Jaan_Tonisson_(Lasteleht), lk 92
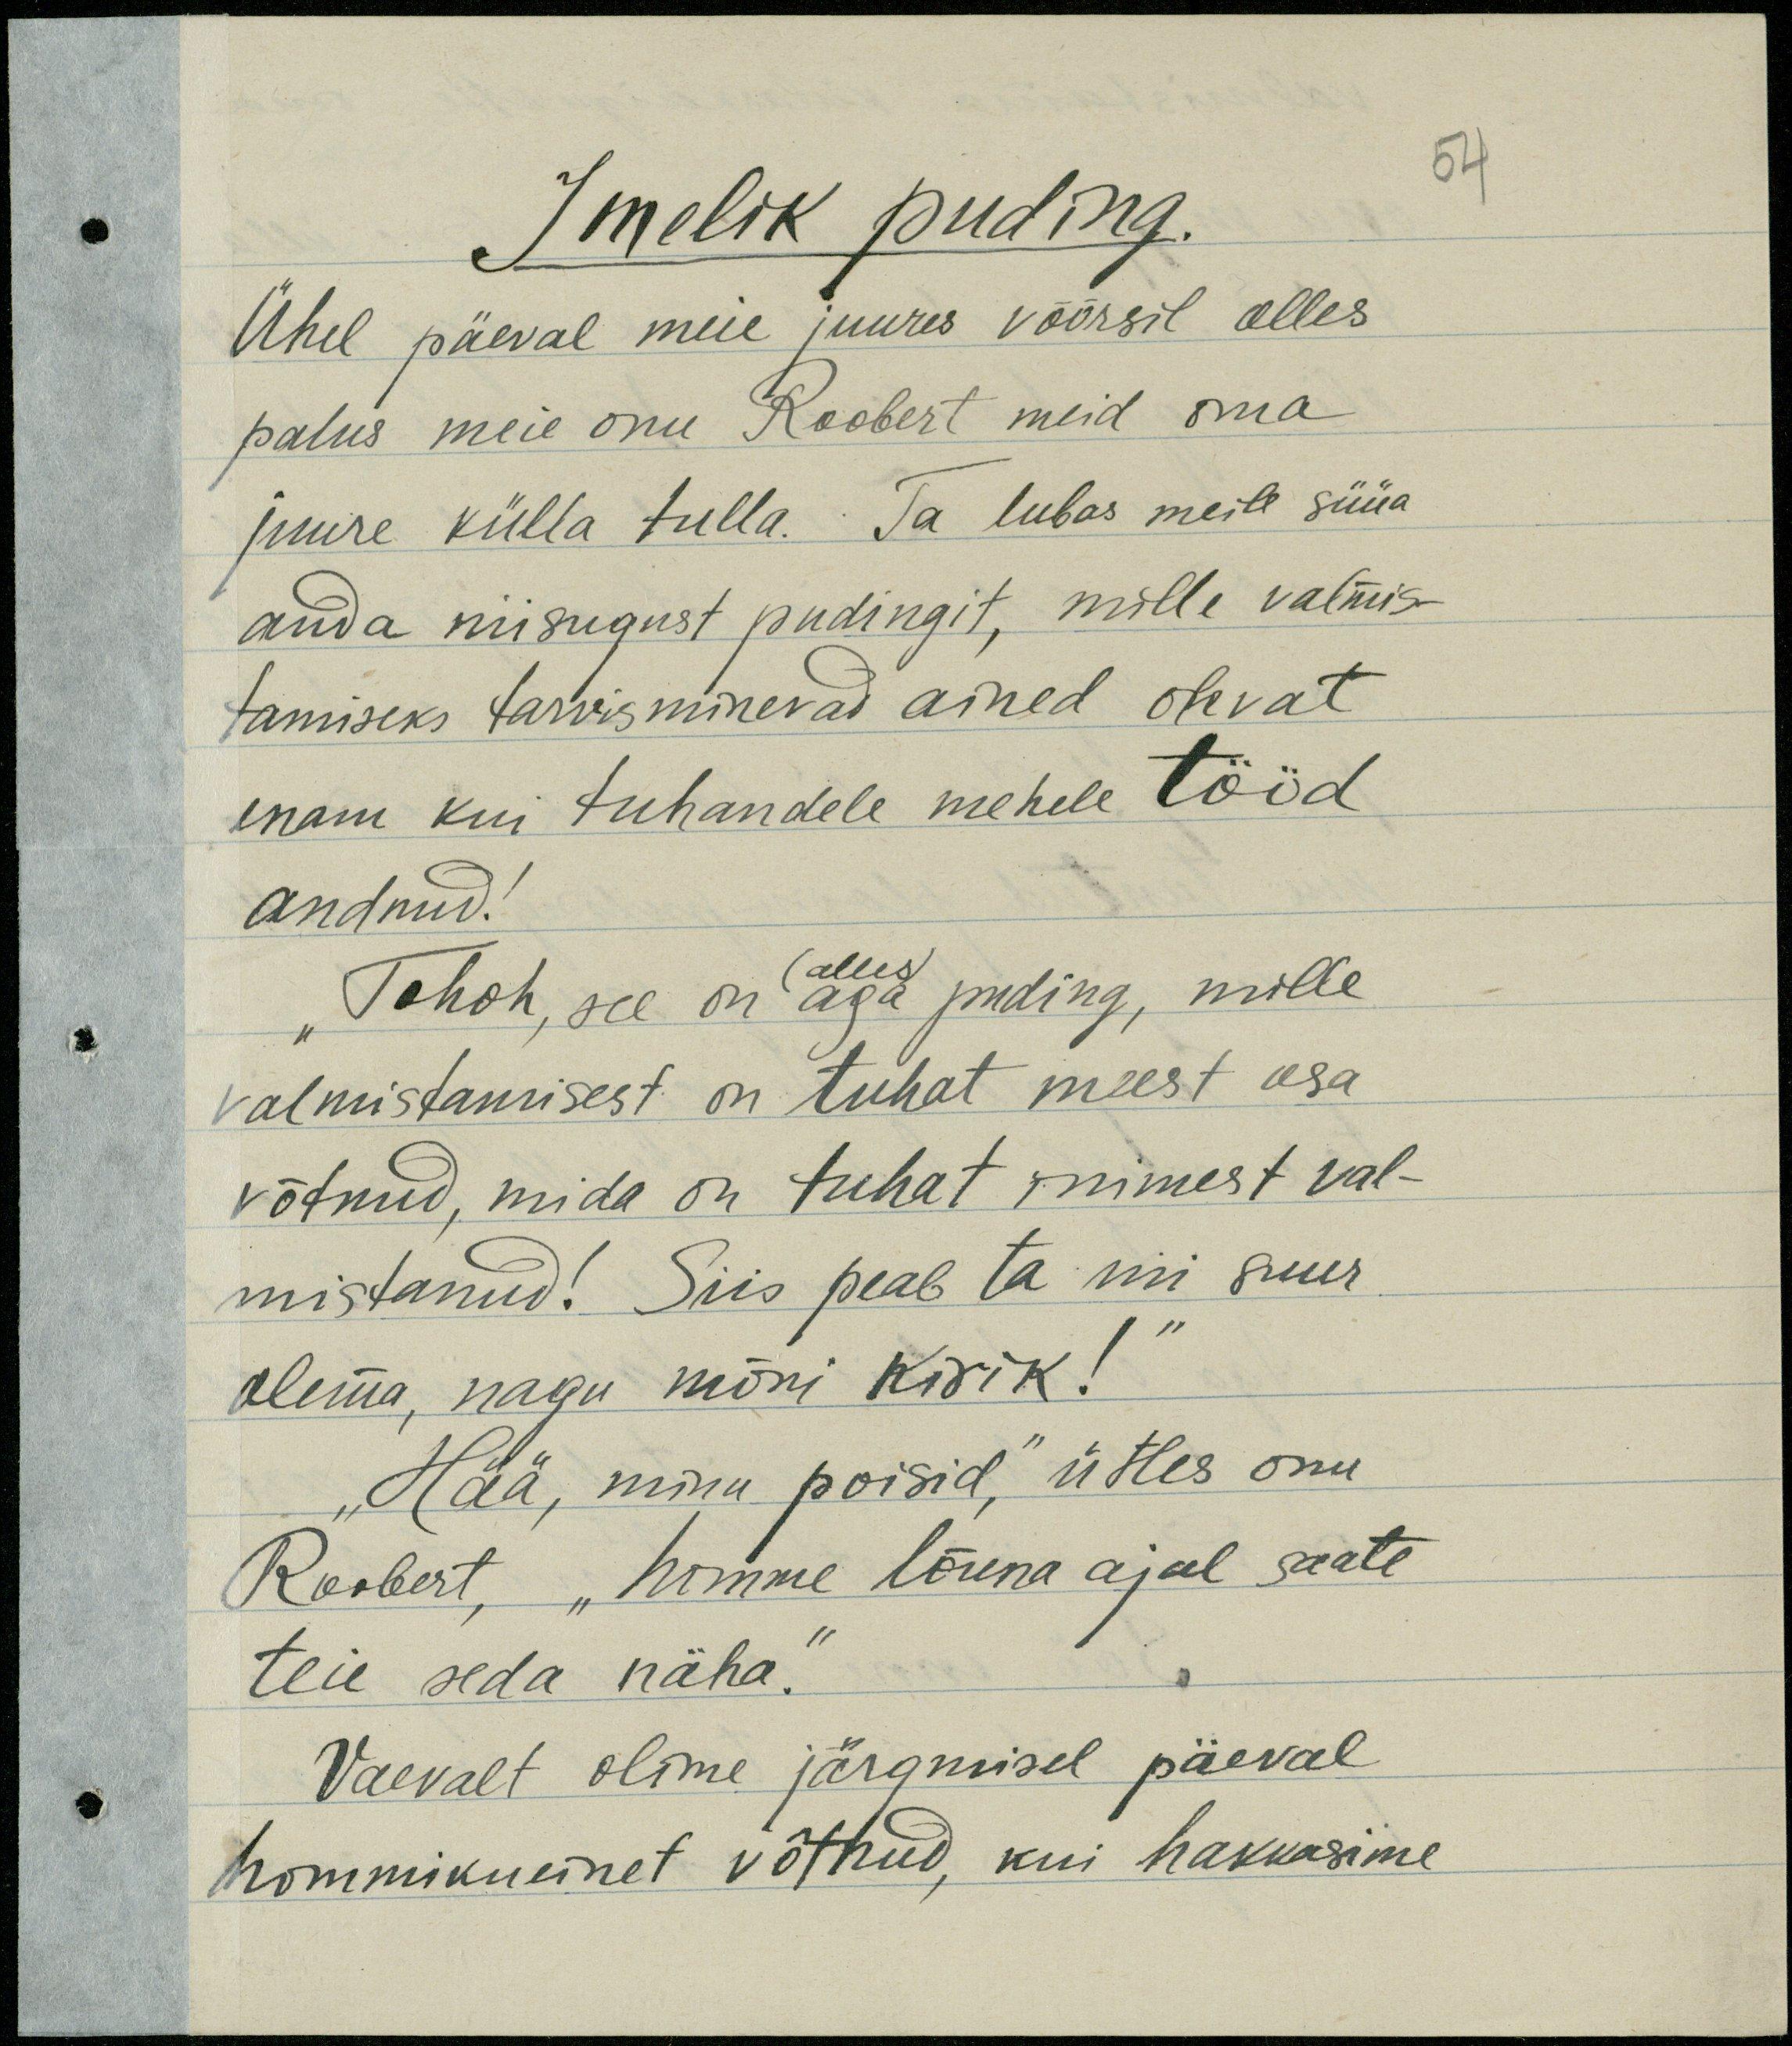
Imelik puding.
54
Ühel päeval meie juures võõrsil olles
palus meie onu Roobert meid oma
juure külla tulla. Ta lubas meile süüa
anda niisugust pudingit, mille valmis-
tamiseks tarvisminevad ained olevat
enam kui tuhandele mehele tööd
andnud!
Tohoh, see on aga puding, mille
(alles)
valmistamisest on tuhat meest osa
võtnud, mida on tuhat inimest val-
mistanud! Siis peab ta nii suur
olema, nagu mõni kirik!"
"Hää, minu poisid", ütles onu,
Roobert, "Homme lõuna ajal saate
teie seda näha.
Vaevalt olime järgmisel päeval
hommikueinet võtnud, kui hakkasime